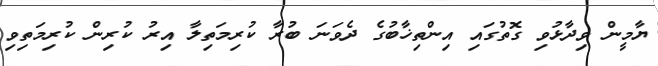
ޔާމީން ވިދާޅުވި ގޮތުގައި އިންތިޚާބުގެ ދެވަނަ ބުރާ ކުރިމަތިލާ އިރު ކުރިން ކުރިމަތިވި